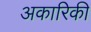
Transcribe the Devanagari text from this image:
अकारिकी